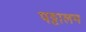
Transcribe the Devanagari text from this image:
पट्टालम